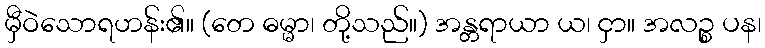
မှီဝဲသောရဟန်း၏။ (တေ ဓမ္မာ၊ တို့သည်။) အန္တရာယာ ယ၊ ငှာ။ အလဉ္စ ပန၊